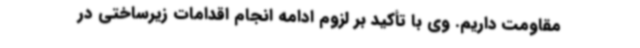
مقاومت داریم. وی با تأکید بر لزوم ادامه انجام اقدامات زیرساختی در